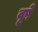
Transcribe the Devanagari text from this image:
वृषे